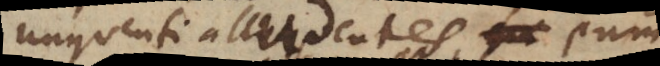
unguenti alludentes, eum